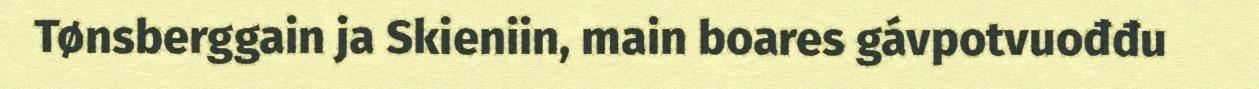
Tønsberggain ja Skieniin, main boares gávpotvuođđu